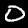
Digit: 0